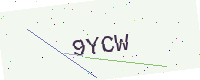
Text: 9YCW